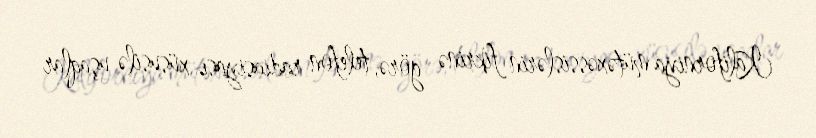
Kaliforniya mütəxəssislərin fikrinə görə, telefon radiasiyası xüsusilə uşaqlar